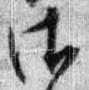
御